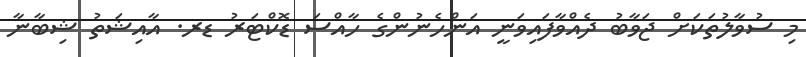
މި ސުވާލުތަކަށް ޖަވާބު ދެއްވާފައިވަނީ އަންހެނުންގެ ހާއްސަ ޑޮކްޓަރު ޑރ. އާއިޝަތު ޝިބާނާ